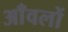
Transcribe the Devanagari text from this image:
आँवलों